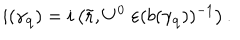
LaTeX: i ( \gamma _ { \bf q } ) = i \left( \tilde { \bf r } , U ^ { 0 } \; \varepsilon ( b ( \gamma _ { \bf q } ) ) ^ { - 1 } \right) .